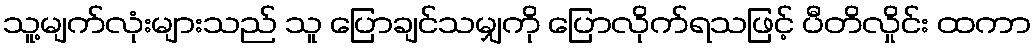
သူ့မျက်လုံးများသည် သူ ပြောချင်သမျှကို ပြောလိုက်ရသဖြင့် ပီတိလှိုင်း ထကာ